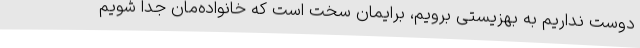
دوست نداریم به بهزیستی برویم، برایمان سخت است که خانواده‌مان جدا شویم